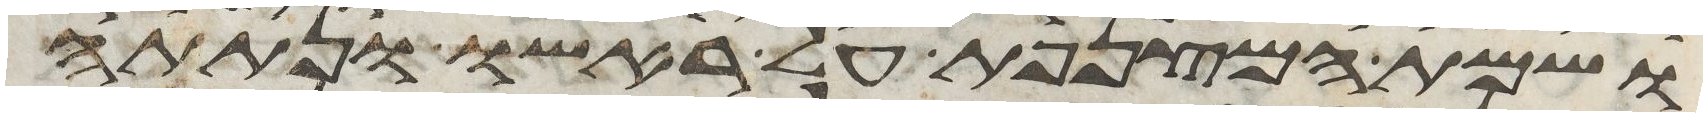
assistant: ושמת המצנפת על ראשו ונתתה